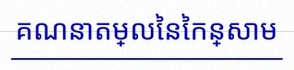
គណនាតម្លៃនៃកន្សោម